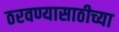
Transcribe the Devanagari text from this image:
ठरवण्यासाठीच्या